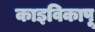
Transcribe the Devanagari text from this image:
काइविकापू